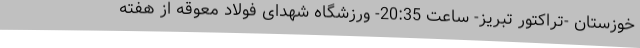
خوزستان -تراکتور تبریز- ساعت 20:35- ورزشگاه شهدای فولاد معوقه از هفته